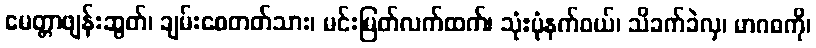
မေတ္တာဖျန်းဆွတ်၊ ချမ်းစေတတ်သား၊ မင်းမြတ်လက်ထက်၊ သုံ:ပုံနက်ဝယ်၊ သိခက်ခဲလှ၊ မာဂဓကို၊